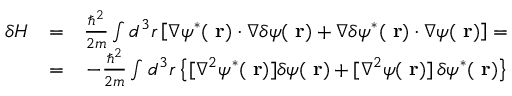
\begin{array} { r l r } { \delta H } & { = } & { \frac { \hbar ^ { 2 } } { 2 m } \int d ^ { 3 } r \left[ \nabla \psi ^ { * } ( \mathrm { \bf ~ r } ) \cdot \nabla \delta \psi ( \mathrm { \bf ~ r } ) + \nabla \delta \psi ^ { * } ( \mathrm { \bf ~ r } ) \cdot \nabla \psi ( \mathrm { \bf ~ r } ) \right] = } \\ & { = } & { - \frac { \hbar ^ { 2 } } { 2 m } \int d ^ { 3 } r \left\{ [ \nabla ^ { 2 } \psi ^ { * } ( \mathrm { \bf ~ r } ) ] \delta \psi ( \mathrm { \bf ~ r } ) + [ \nabla ^ { 2 } \psi ( \mathrm { \bf ~ r } ) ] \, \delta \psi ^ { * } ( \mathrm { \bf ~ r } ) \right\} } \end{array}